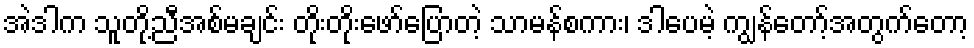
အဲဒါက သူတို့ညီအစ်မချင်း တိုးတိုးဖော်ပြောတဲ့ သာမန်စကား၊ ဒါပေမဲ့ ကျွန်တော့်အတွက်တော့